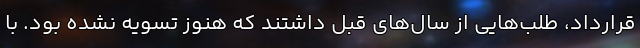
قرارداد، طلب‌هایی از سال‌های قبل داشتند که هنوز تسویه نشده بود. با